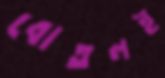
বোতলই